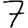
Digit: 7